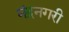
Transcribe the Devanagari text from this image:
नंद्रनगरी